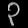
Digit: ၃